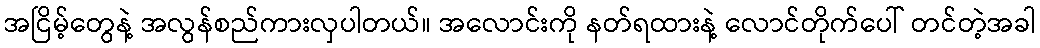
အငြိမ့်တွေနဲ့ အလွန်စည်ကားလှပါတယ်။ အလောင်းကို နတ်ရထားနဲ့ လောင်တိုက်ပေါ် တင်တဲ့အခါ